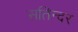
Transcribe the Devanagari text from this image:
सतिन्दर